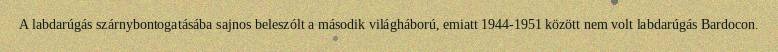
A labdarúgás szárnybontogatásába sajnos beleszólt a második világháború, emiatt 1944-1951 között nem volt labdarúgás Bardocon.